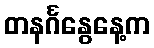
တနင်္ဂနွေနေ့က